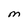
Character: M